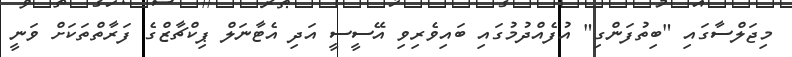
މިޖަލްސާގައި "ބިތުފަންގި" އުފެއްދުމުގައި ބައިވެރިވި އޭސީސީ އަދި އެޓާނަލް ޕިކްޗާޒްގެ ފަރާތްތަކަށް ވަނީ